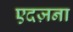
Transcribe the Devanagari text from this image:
एदज़ना